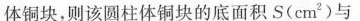
体铜块，则该圆柱体铜块的底面积S(cm^{2} )与